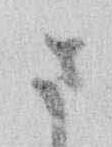
ま